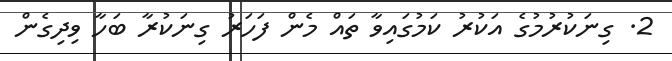
2. ގިނަކުރުމުގެ އަކުރު ކަމުގައިވާ ތައް މެން ފަހަރު ގިނަކުރާ ބަހާ ވިދިގެން